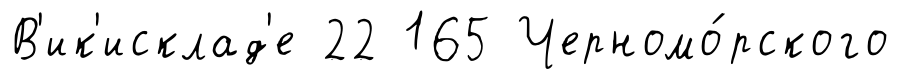
В'ик'исклад'е 22 165 Черномо́рского